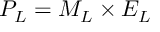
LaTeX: { \cal P } _ { L } = { \cal M } _ { L } \times { \cal E } _ { L } \; \; \;